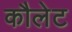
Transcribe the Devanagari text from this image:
कौलेट